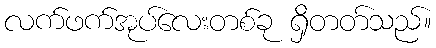
လက်ဖက်အုပ်လေးတစ်ခု ရှိတတ်သည်။